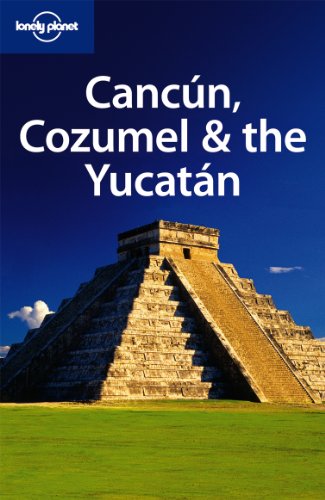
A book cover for Lonely Planet Cancun, Cozumel & the Yucatan (Regional Travel Guide); Greg Benchwick; Travel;